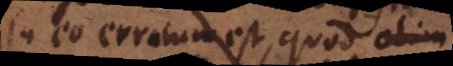
in eo erratum est, quod olim